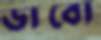
ডাবো